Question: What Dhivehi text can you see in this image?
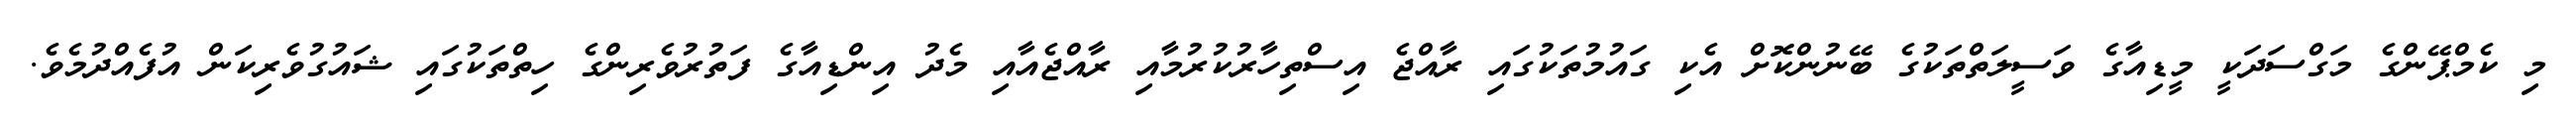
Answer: މި ކެމްޕޭންގެ މަގްސަދަކީ މީޑިއާގެ ވަސީލަތްތަކުގެ ބޭނުންކޮށް އެކި ގައުމުތަކުގައި ރާއްޖެ އިސްތިހާރުކުރުމާއި ރާއްޖެއާއި މެދު އިންޑިއާގެ ފަތުރުވެރިންގެ ހިތްތަކުގައި ޝައުގުވެރިކަން އުފެއްދުމެވެ.